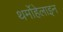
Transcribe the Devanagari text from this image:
थर्मोहेलाइन